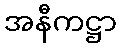
အနီကဋ္ဌာ